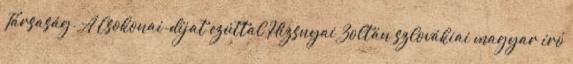
Társaság. A Csokonai-díjat ezúttal Hizsnyai Zoltán szlovákiai magyar író